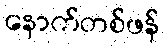
နောက်တစ်ဖန်